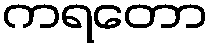
ကရတော